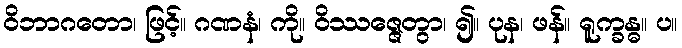
ဝိဘာဂတော၊ ဖြင့်။ ဂဏနံ၊ ကို။ ဝိဿဇ္ဇေတွာ၊ ၍။ ပုန၊ ဖန်။ ရူက္ခန္ဓ။ ပ။